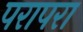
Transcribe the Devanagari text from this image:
परापरा